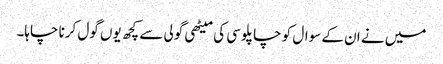
میں نے ان کے سوال کو چاپلوسی کی میٹھی گولی سے کچھ یوں گول کرنا چاہا۔